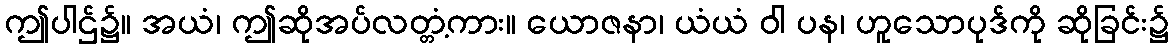
ဤပါဌ်၌။ အယံ၊ ဤဆိုအပ်လတ္တံ့ကား။ ယောဇနာ၊ ယံယံ ဝါ ပန၊ ဟူသောပုဒ်ကို ဆိုခြင်း၌